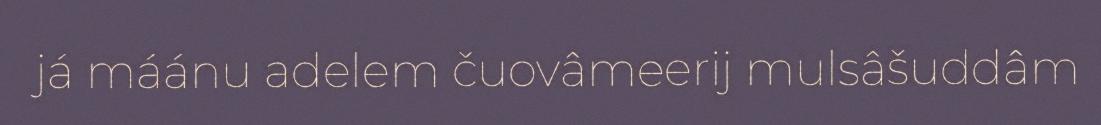
já máánu adelem čuovâmeerij mulsâšuddâm